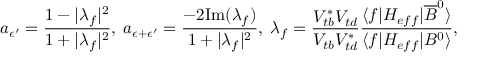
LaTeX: a _ { { \epsilon } ^ { \prime } } = \frac { 1 - { \vert } { \lambda } _ { f } { \vert } ^ { 2 } } { 1 + { \vert } { \lambda } _ { f } { \vert } ^ { 2 } } , \; a _ { { \epsilon } + { \epsilon } ^ { \prime } } = \frac { - 2 \mathrm { I m } ( { \lambda } _ { f } ) } { 1 + { \vert } { \lambda } _ { f } { \vert } ^ { 2 } } , \; { \lambda } _ { f } = \frac { V _ { t b } ^ { \ast } V _ { t d } } { V _ { t b } V _ { t d } ^ { \ast } } \frac { { \langle } f { \vert } { \cal H } _ { e f f } { \vert } { \overline { { { B } } } } ^ { 0 } { \rangle } } { { \langle } f { \vert } { \cal H } _ { e f f } { \vert } B ^ { 0 } { \rangle } } ,